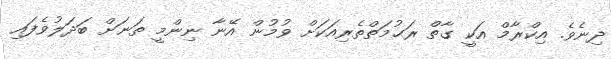
ދިނެވެ. އިކްރާމް އަކީ ގާތް ރަޙުމަތްތެރިއަކަށް ވުމުން އޭނާ ނިންމީ ތަނަށް ބަދަލުވެފައި